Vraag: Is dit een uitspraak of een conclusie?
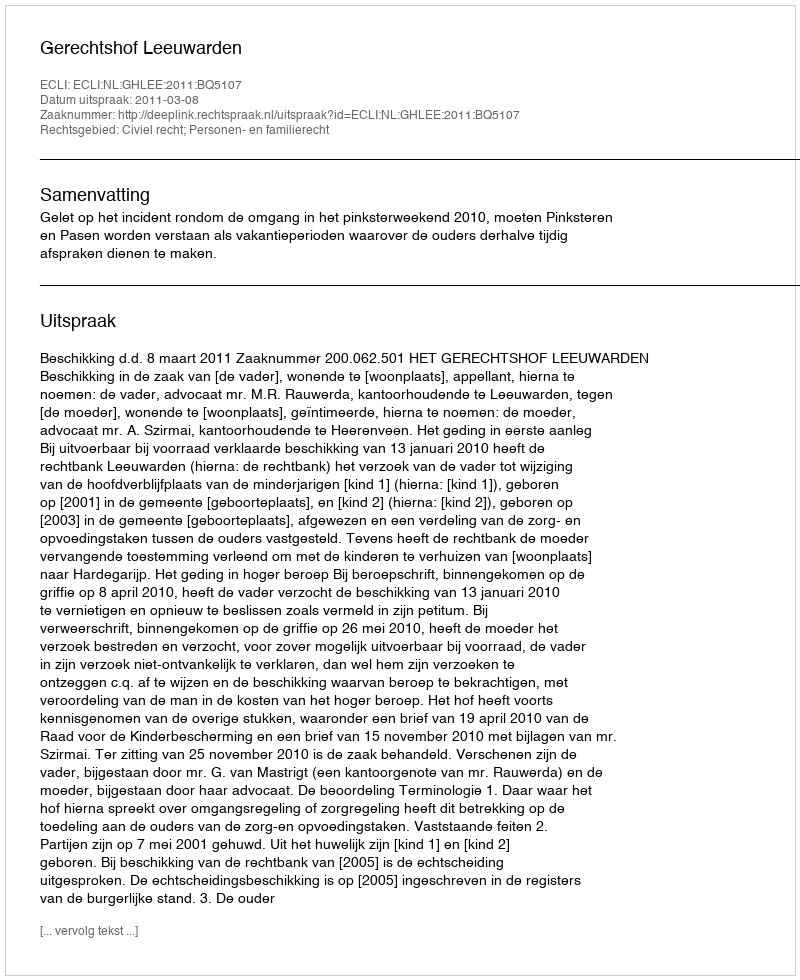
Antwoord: Uitspraak